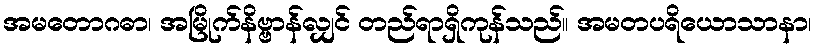
အမတောဂဓာ၊ အမြိုက်နိဗ္ဗာန်လျှင် တည်ရာရှိကုန်သည်။ အမတပရိယောသာနာ၊